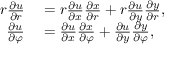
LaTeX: \begin{array} { r l } { r { \frac { \partial u } { \partial r } } } & { { } = r { \frac { \partial u } { \partial x } } { \frac { \partial x } { \partial r } } + r { \frac { \partial u } { \partial y } } { \frac { \partial y } { \partial r } } , } \\ { { \frac { \partial u } { \partial \varphi } } } & { { } = { \frac { \partial u } { \partial x } } { \frac { \partial x } { \partial \varphi } } + { \frac { \partial u } { \partial y } } { \frac { \partial y } { \partial \varphi } } , } \end{array}